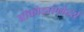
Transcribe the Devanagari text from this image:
ब्रॉकोडाएलेटर्स